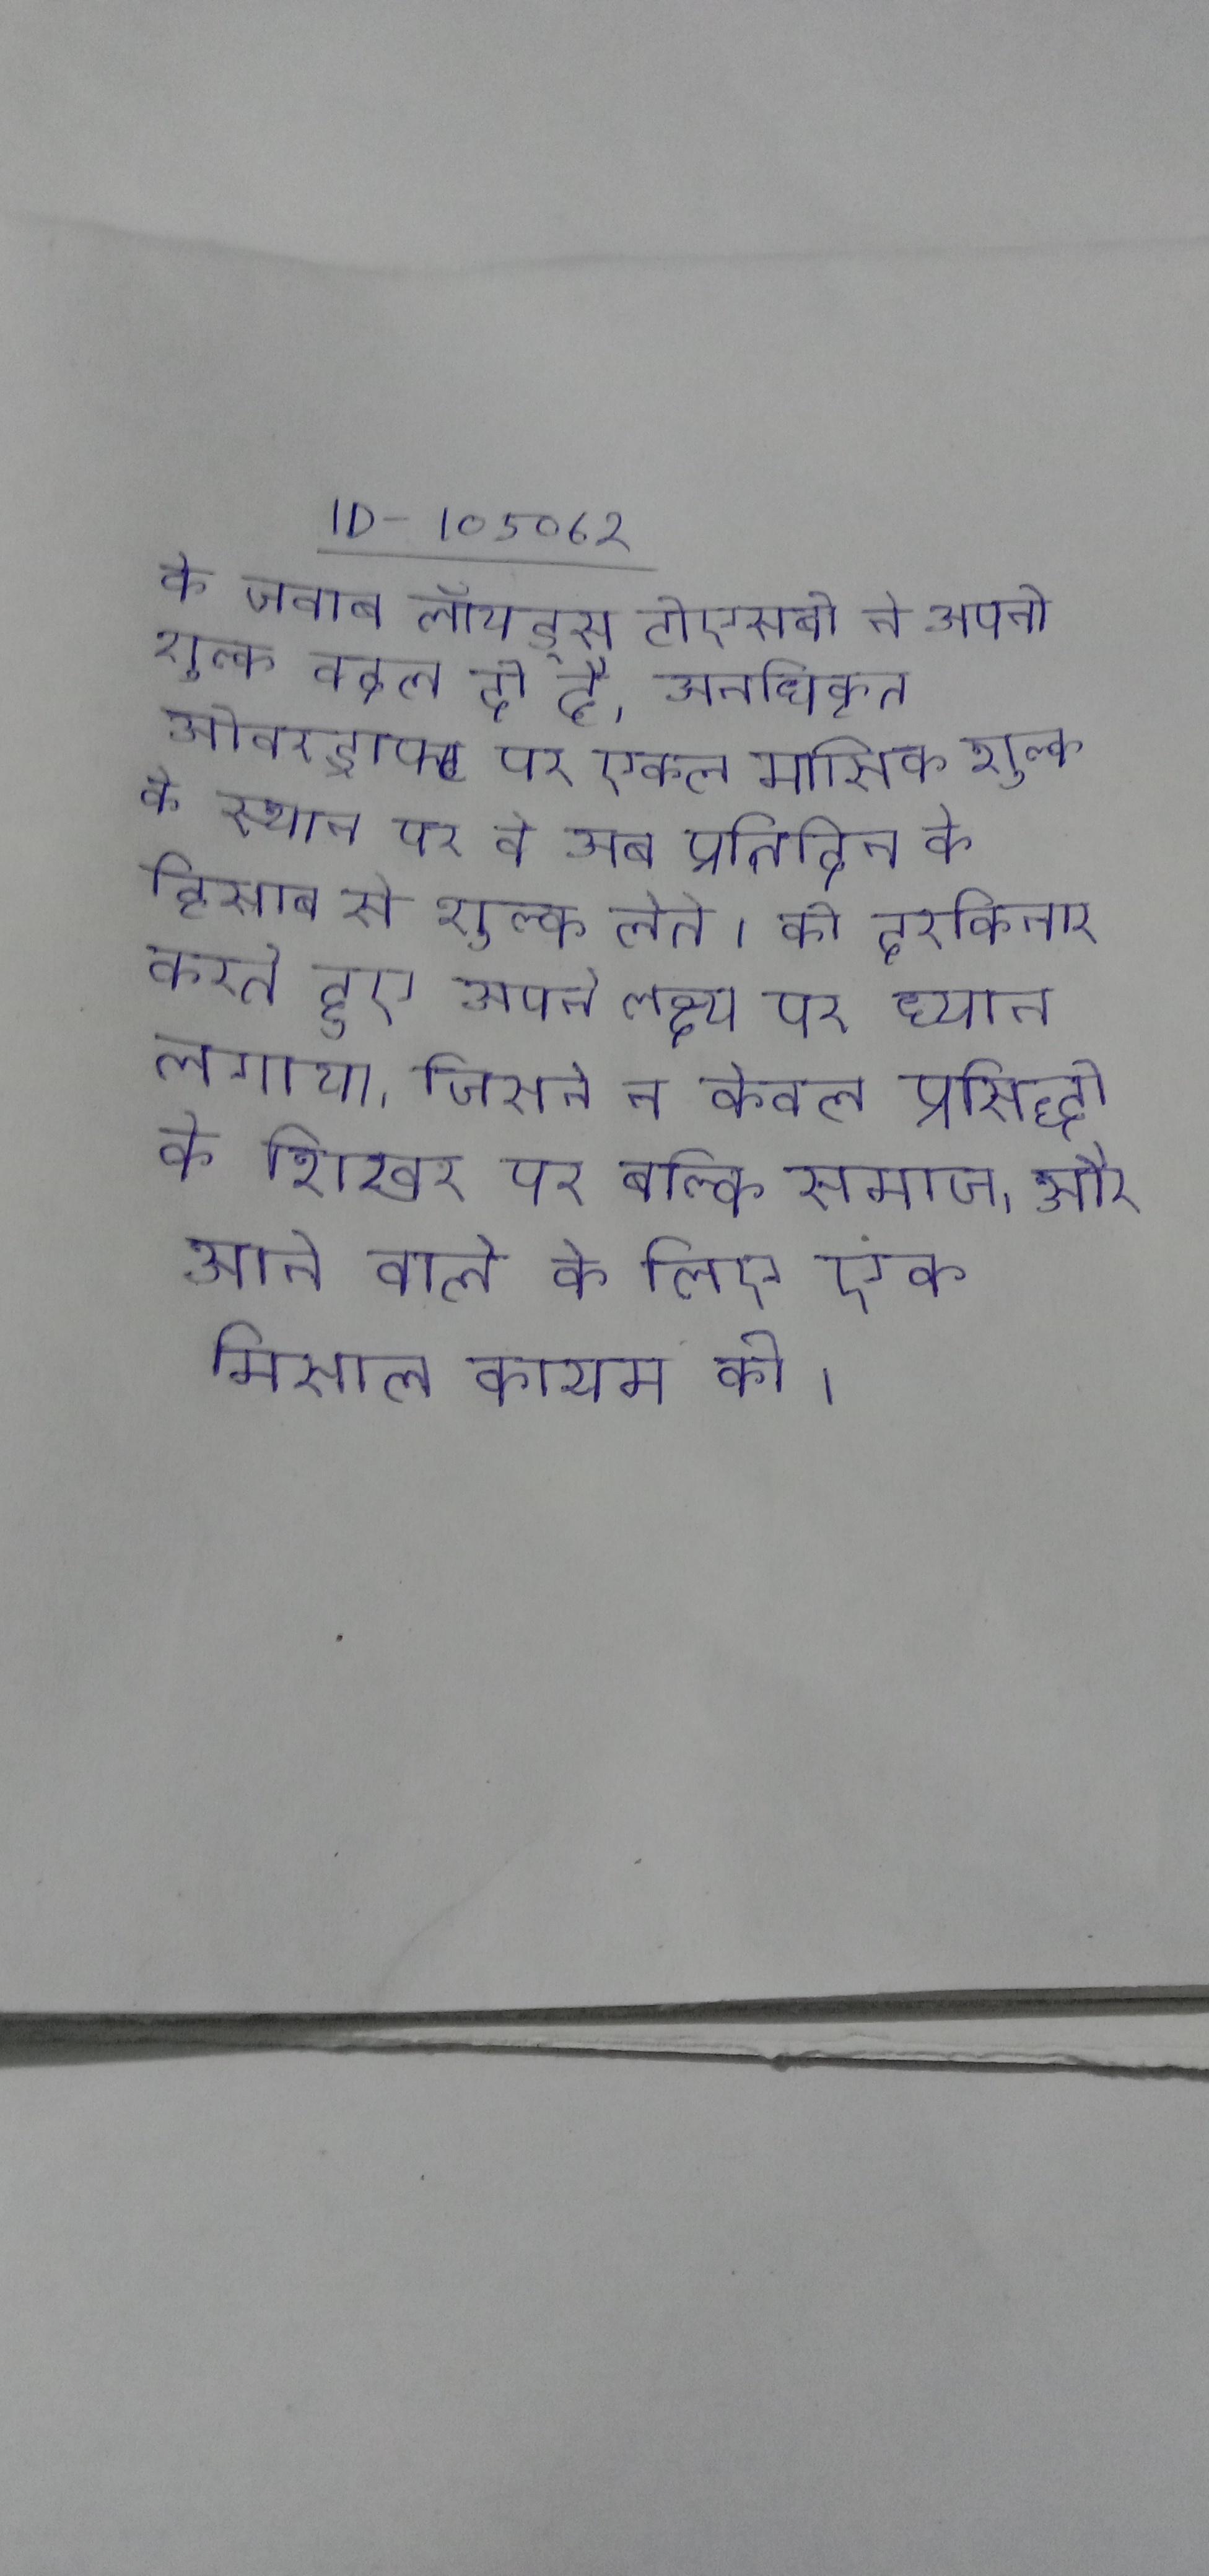
के जवाब लॉयड्स टीएसबी ने अपनी शुल्क बदल दी है, अनधिकृत ओवरड्राफ्ट पर एकल मासिक शुल्क के स्थान पर वे अब प्रतिदिन के हिसाब से शुल्क लेते । को दरकिनार करते हुए अपने लक्ष्य पर ध्यान लगाया, जिसने न केवल प्रसिद्धी के शिखर पर बल्कि समाज, और आने वाले के लिए एक मिसाल कायम की ।